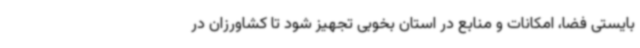
بایستی فضا، امکانات و منابع در استان بخوبی تجهیز شود تا کشاورزان در